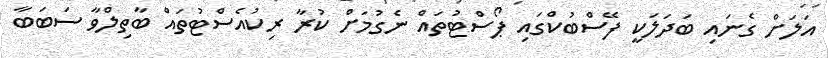
އަލަށް ގެނައި ބަދަލަކީ ފޭސްބުކްގައި ޕޯސްޓުތައް ނެގުމަށް ކުރާ ރިކުއެސްޓުތައް ބާތިލްވާ ސަބަބާ